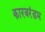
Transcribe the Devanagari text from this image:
कारबरंडम